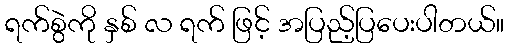
ရက်စွဲကို နှစ် လ ရက် ဖြင့် အပြည့်ပြပေးပါတယ်။